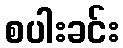
စပါးခင်း